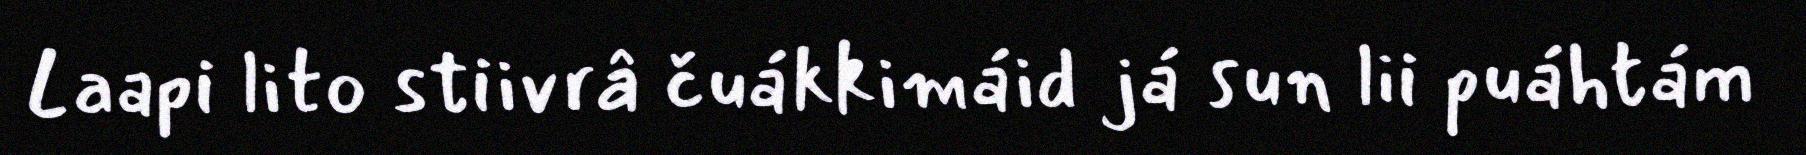
Laapi lito stiivrâ čuákkimáid já sun lii puáhtám